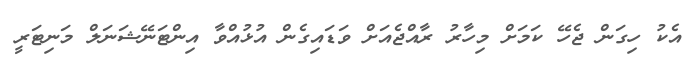
އެކު ހިގަން ޖެހޭ ކަމަށް މިހާރު ރާއްޖެއަށް ވަޑައިގެން އުޅުއްވާ އިންޓަނޭޝަނަލް މަނިޓަރީ